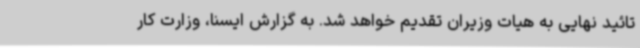
تائید نهایی به هیات وزیران تقدیم خواهد شد. به گزارش ایسنا، وزارت کار